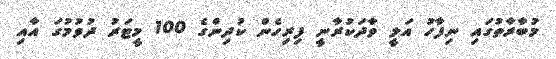
މުބާރާތުގައި ނިފާހު އަލީ ވާދަކުރާނީ ފިރިހެން ކުދިންގެ 100 މީޓަރު ދުވުމުގަ އާއި